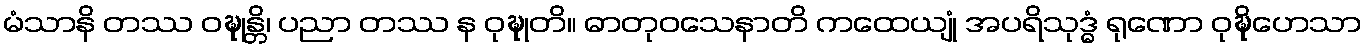
မံသာနိ တဿ ဝဍ္ဎုန္တိ၊ ပညာ တဿ န ဝုဍ္ဎုတိ။ ဓာတုဝသေနာတိ ကထေယျုံ အပရိသုဒ္ဓံ ရုဏော ဝုဍ္ဎိဟေသာ